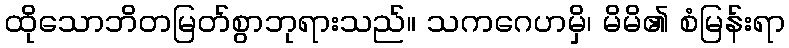
ထိုသောဘိတမြတ်စွာဘုရားသည်။ သကဂေဟမှိ၊ မိမိ၏ စံမြန်းရာ